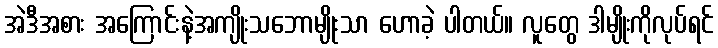
အဲဒီအစား အကြောင်းနဲ့အကျိုးသဘောမျိုးသာ ဟောခဲ့ ပါတယ်။ လူတွေ ဒါမျိုးကိုလုပ်ရင်